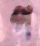
প